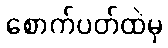
စောက်ပတ်ထဲမှ